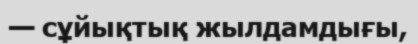
— сұйықтық жылдамдығы,